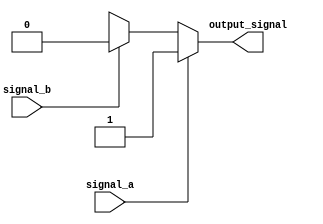
module behavioral_block (
    input wire signal_a,
    input wire signal_b,
    output reg output_signal
);

always @ (*)
begin
    if (signal_a == 1'b1) begin
        output_signal = 1'b1;
    end
    else if (signal_b == 1'b1) begin
        output_signal = 1'b0;
    end
    else begin
        output_signal = 1'bx; // Default value for all other conditions
    end
end

endmodule